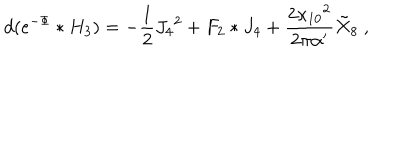
LaTeX: d ( e ^ { - \Phi } * H _ { 3 } ) = - { \frac { 1 } { 2 } } J _ { 4 } { } ^ { 2 } + F _ { 2 } * J _ { 4 } + { \frac { 2 \kappa _ { 1 0 } { } ^ { 2 } } { 2 \pi \alpha ^ { \prime } } } { \tilde { X } } _ { 8 } \ ,